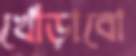
খোঁড়াবো